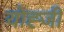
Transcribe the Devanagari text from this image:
योह्जी